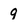
Character: 9